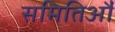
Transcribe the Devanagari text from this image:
समितिऔं